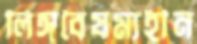
লিঙ্গবৈষম্যহীন